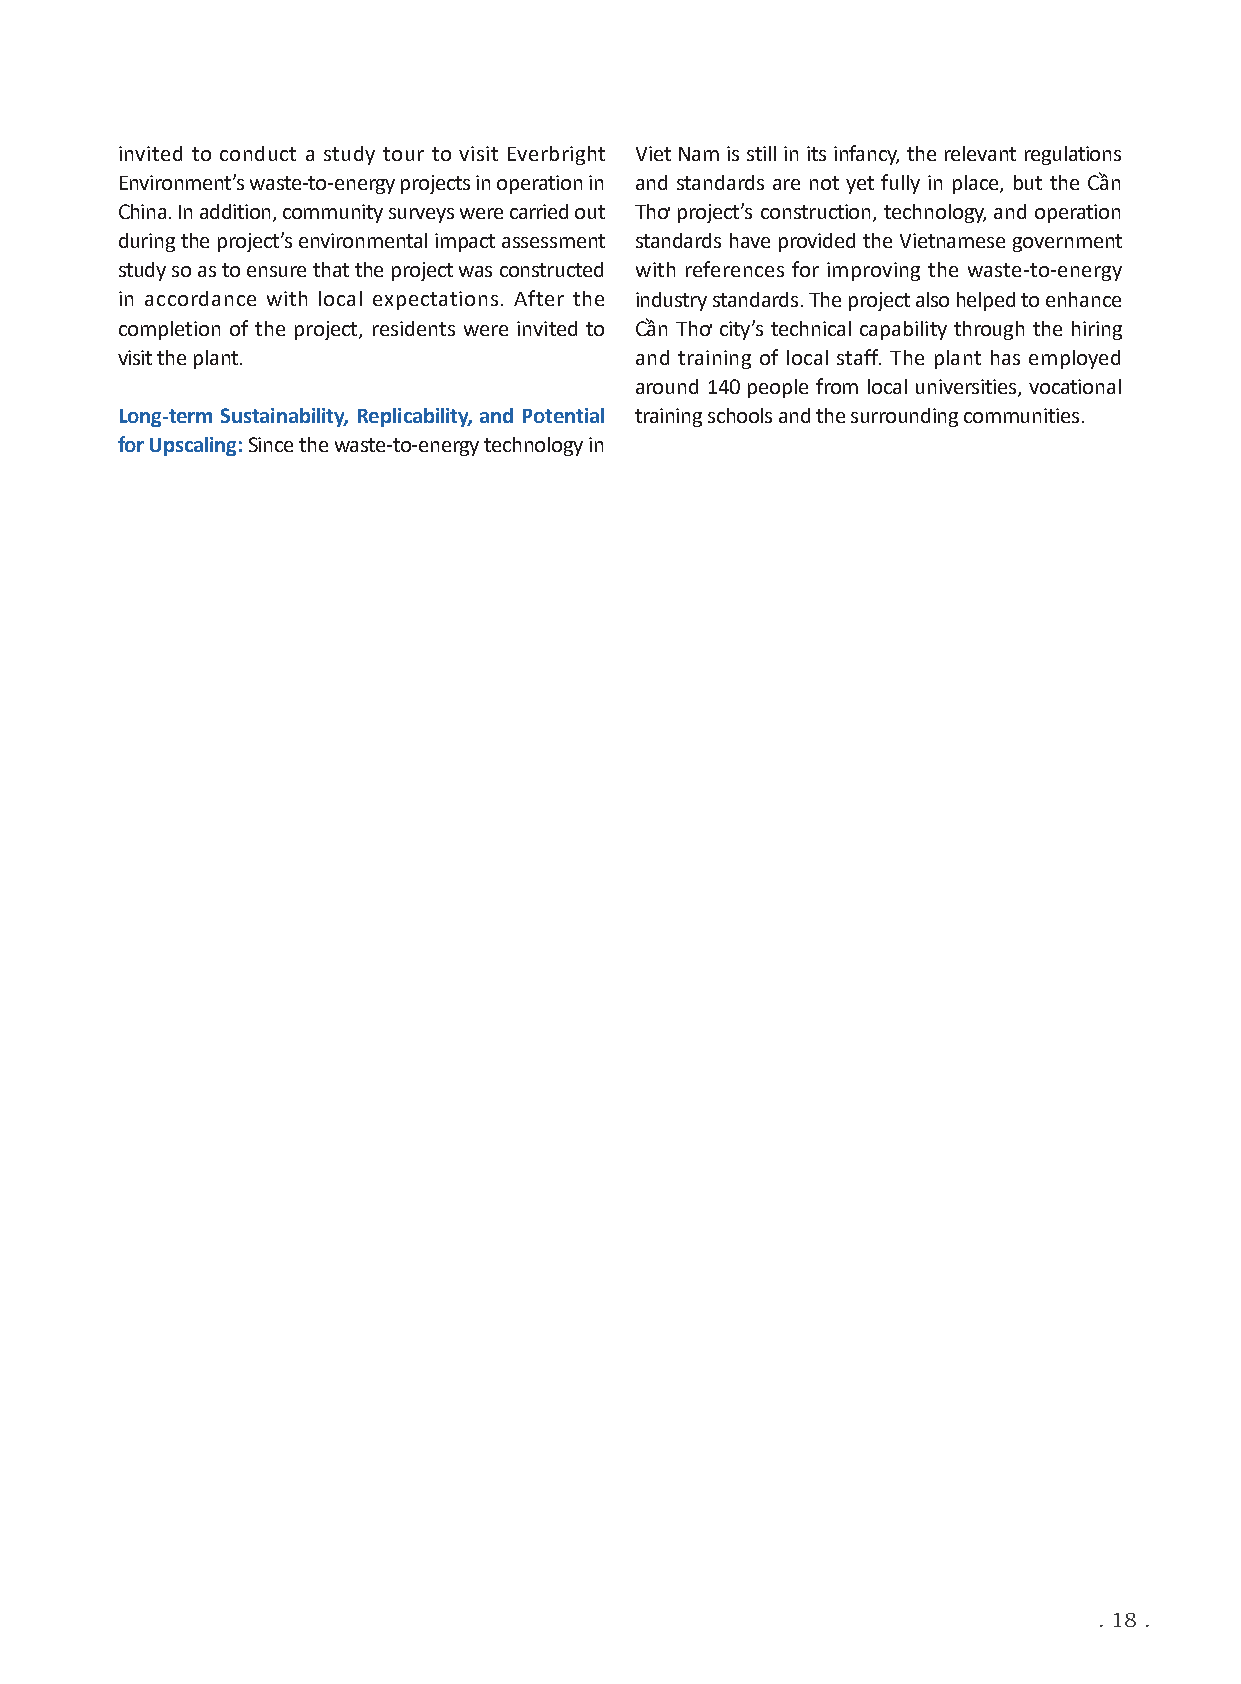
invited to conduct a study tour to visit Everbright Viet Nam is still in its infancy, the relevant regulations
 Environment’s waste-to-energy projects in operation in and standards are not yet fully in place, but the Cần
 China. In addition, community surveys were carried out Thơ project’s construction, technology, and operation
 during the project’s environmental impact assessment standards have provided the Vietnamese government
 study so as to ensure that the project was constructed with references for improving the waste-to-energy
 in accordance with local expectations. After the industry standards. The project also helped to enhance
 completion of the project, residents were invited to Cần Thơ city’s technical capability through the hiring
 visit the plant.                  and training of local staff. The plant has employed
 around 140 people from local universities, vocational
 Long-term Sustainability, Replicability, and Potential training schools and the surrounding communities.
 for Upscaling: Since the waste-to-energy technology in
 . 18 .